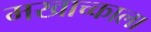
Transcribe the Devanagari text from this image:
मखाच्काला